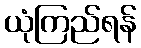
ယုံကြည်ရန်